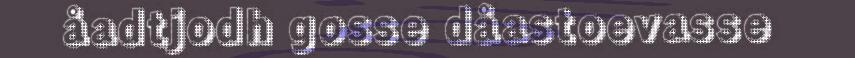
åadtjodh gosse dåastoevasse